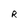
Character: R